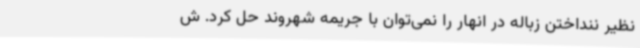
نظیر ننداختن زباله در انهار را نمی‌توان با جریمه شهروند حل کرد. ش